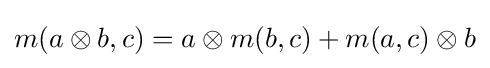
m(a\otimes b,c)=a\otimes m(b,c)+m(a,c)\otimes b